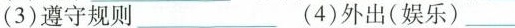
(3)遵守规则___ (4)外出(娱乐)___